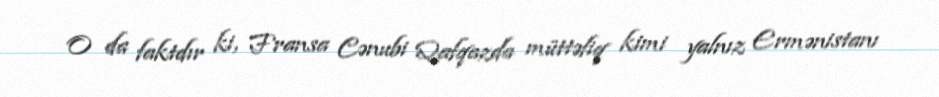
O da faktdır ki, Fransa Cənubi Qafqazda müttəfiq kimi yalnız Ermənistanı